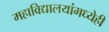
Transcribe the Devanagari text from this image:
महाविद्यालयांमध्येही